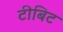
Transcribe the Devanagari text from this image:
टीबिट